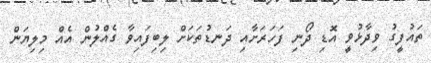
ތައުފީގު ވިދާޅުވީ އޮޑި ދޯނި ފަހަރަށާއި ދަނޑުތަކަށް ލިބިފައިވާ ގެއްލުން އެއް މިލިޔަން